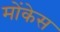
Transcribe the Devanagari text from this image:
मोंकेस